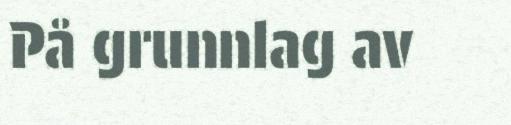
På grunnlag av